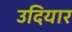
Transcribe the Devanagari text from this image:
उदियार